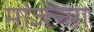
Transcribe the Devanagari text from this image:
मांजऱ्या